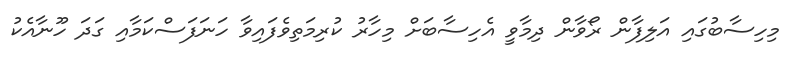
މިހިސާބުގައި އަލިފާން ރޯވާން ދިމާވީ އެހިސާބަށް މިހާރު ކުރިމަތިވެފައިވާ ހަނަފަސްކަމާއި ގަދަ ހޫނާއެކު